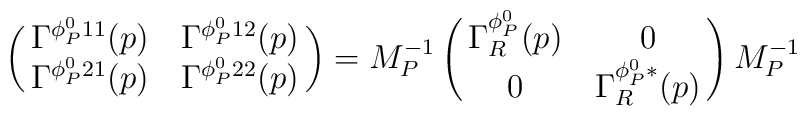
\left(\matrix{\Gamma^{\phi_P^011}(p)&\Gamma^{\phi_P^012}(p)\cr \Gamma^{\phi_P^021}(p)& \Gamma^{\phi_P^022}(p) \cr}\right)=M_P^{-1}\left(\matrix{\Gamma_R^{\phi_P^0}(p)&0\cr 0& \Gamma_R^{\phi_P^0*}(p) \cr}\right)M_P^{-1}